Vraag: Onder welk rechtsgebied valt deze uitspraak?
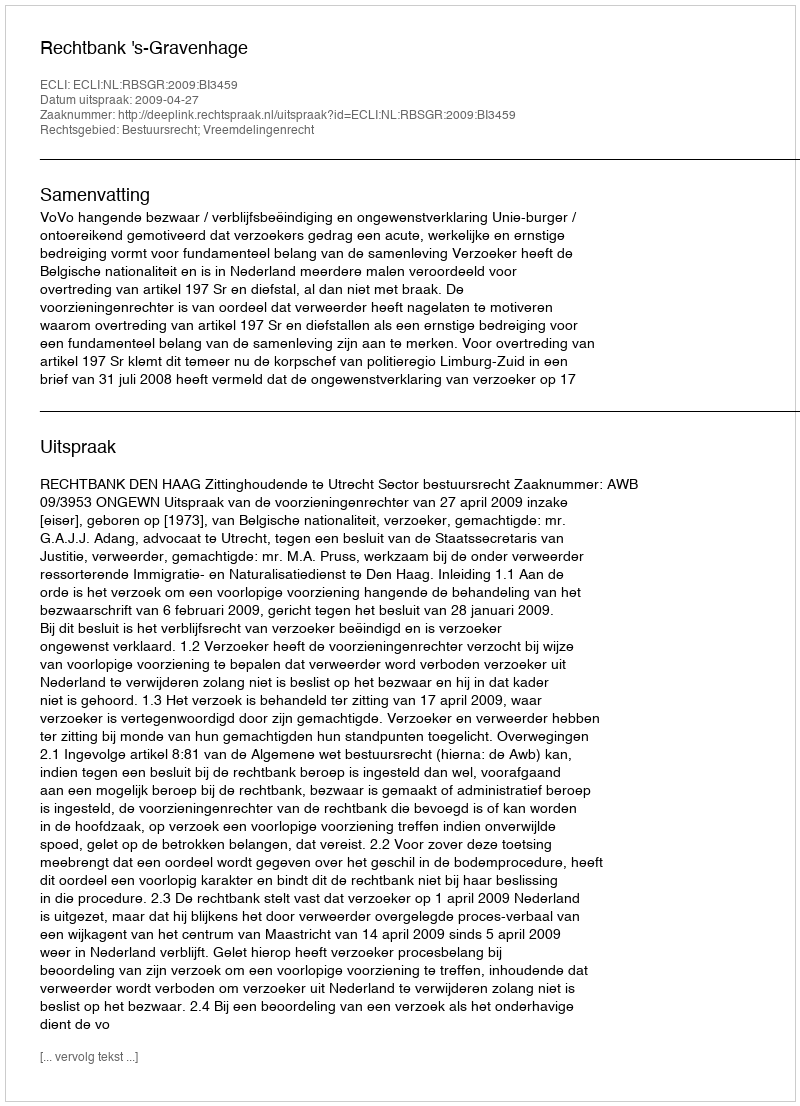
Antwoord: Bestuursrecht; Vreemdelingenrecht